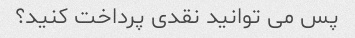
پس می توانید نقدی پرداخت کنید؟